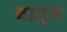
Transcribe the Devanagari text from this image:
बातूम